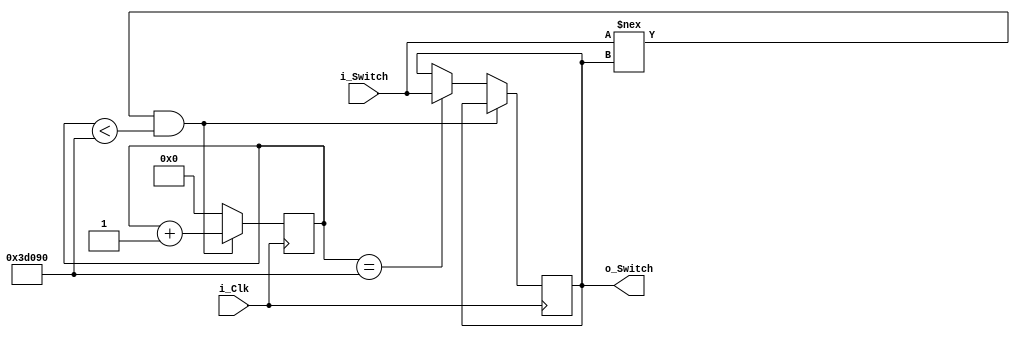
module Debounce_Switch 

(input i_Clk,
input i_Switch, 
output o_Switch);

parameter c_Debounce_Limit = 250000; //25MHz divided by 100 to get amount of cycles in 10ms 

reg r_State = 1'b0; //intermediary for i_Switch and o_Switch
reg [17:0] r_Count = 0; // 2^18 equals around 260,000 

always @ (posedge i_Clk)
	begin 
	
	if (i_Switch !== r_State && r_Count < c_Debounce_Limit)
		r_Count <= r_Count + 1;
		else if (r_Count == c_Debounce_Limit)
		begin
			r_Count <= 0;
			r_State <= i_Switch;
		end	
	else 
		r_Count <= 0;
	end 
	
assign o_Switch = r_State;

endmodule //Debounce Switch